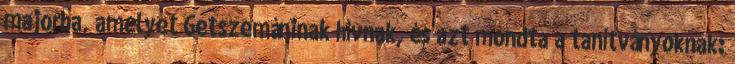
majorba, amelyet Getszemáninak hívnak, és azt mondta a tanítványoknak: